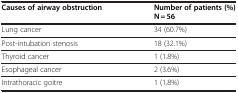
| Causes of airway obstruction | Number of patients (%) N = 56 |
 | --- | --- |
 | Lung cancer | 34 (60.7%) |
 | Post-intubation stenosis | 18 (32.1%) |
 | Thyroid cancer | 1 (1.8%) |
 | Esophageal cancer | 2 (3.6%) |
 | Intrathoracic goitre | 1 (1.8%) |